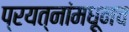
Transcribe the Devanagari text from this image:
प्रयत्नांमधूनच